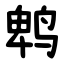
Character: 鹎